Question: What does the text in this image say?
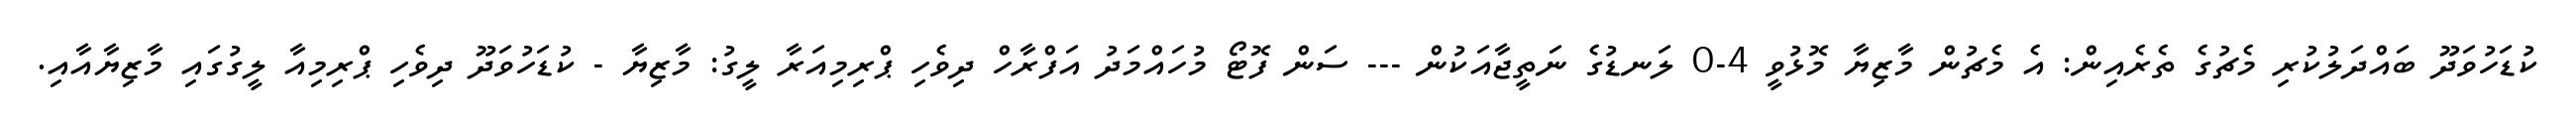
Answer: ކުޑަހުވަދޫ ބައްދަލުކުރި މެޗުގެ ތެރެއިން: އެ މެޗުން މާޒިޔާ މޮޅުވީ 4-0 ލަނޑުގެ ނަތީޖާއަކުން --- ސަން ފޮޓޯ މުހައްމަދު އަފްރާހް ދިވެހި ޕްރިމިއަރާ ލީގު: މާޒިޔާ - ކުޑަހުވަދޫ ދިވެހި ޕްރިމިއާ ލީގުގައި މާޒިޔާއާއި.